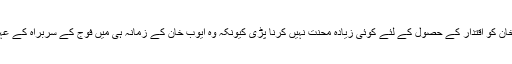
ایوب خان کے بعد یحییٰ خان کو اقتدار کے حصول کے لئے کوئی زیادہ محنت نہیں کرنا پڑی کیونکہ وہ ایوب خان کے زمانہ ہی میں فوج کے سربراہ کے عہدہ پر فائز ہو چکے تھے۔